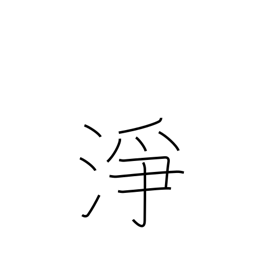
Meaning: unspoiled